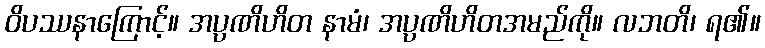
ဝိပဿနာကြောင့်။ အပ္ပဏိဟိတ နာမံ၊ အပ္ပဏိဟိတအမည်ကို။ လဘတိ၊ ရ၏။